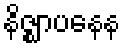
နိဇ္ဈာပနေန